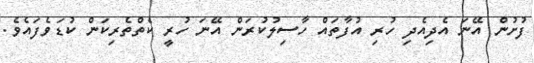
ފުށުން އޭނަ އެދިއެދި ހުރި އުފާތައް ހާސިލުކުރަން އޭނަ ހުރީ ކެތްތެރިކަން ކުޑަވެފައެވެ.